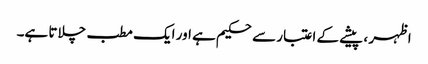
اظہر ، پیشے کے اعتبار سے حکیم ہے اور ایک مطب چلاتا ہے۔